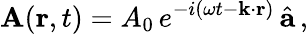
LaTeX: {\mathbf A}({\mathbf r},t)=A_{0}\, e^{-i\left(\omega t-{\mathbf k}\cdot{\mathbf r}\right)}\, \hat{{\mathbf a}}\, ,